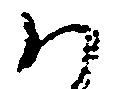
ハ